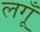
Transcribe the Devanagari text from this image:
लगूँ